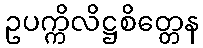
ဥပက္ကိလိဋ္ဌစိတ္တေန